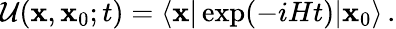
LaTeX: {\cal\mathcal{U}}(\mathbf{x},\mathbf{x}_{0};t)=\langle\mathbf{x}\vert\exp(-iHt)\vert\mathbf{x}_{0}\rangle\, .